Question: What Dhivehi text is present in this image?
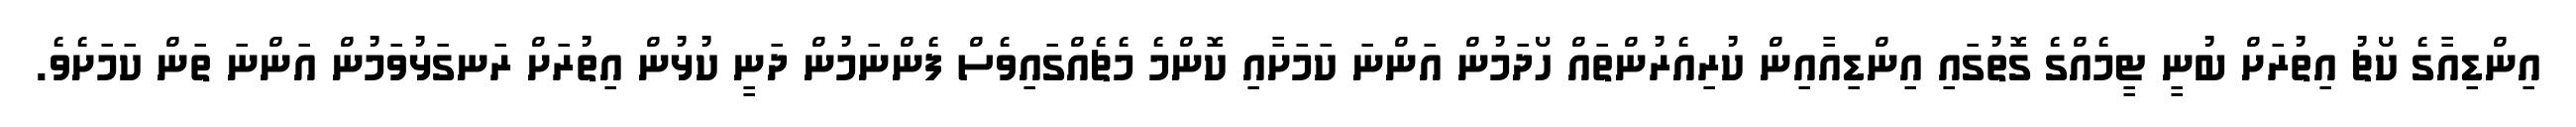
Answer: އިންޑިއާގެ ކޯޗު އިތުރަށް ބުނީ ޓީމެއްގެ ގޮތުގައި އިންޑިއާއިން ކުރިއެރުންތައް ހޯދަމުން އަންނަ ކަމަށާއި ކޮންމެ މެޗެއްގައިވެސް ފެންނަމުން ދަނީ ކުޅުން އިތުރަށް ރަނގަޅުވަމުން އަންނަ ތަން ކަމަށެވެ.